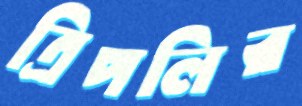
ত্রিপলির